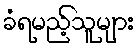
ခံရမည့်သူများ